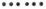
······